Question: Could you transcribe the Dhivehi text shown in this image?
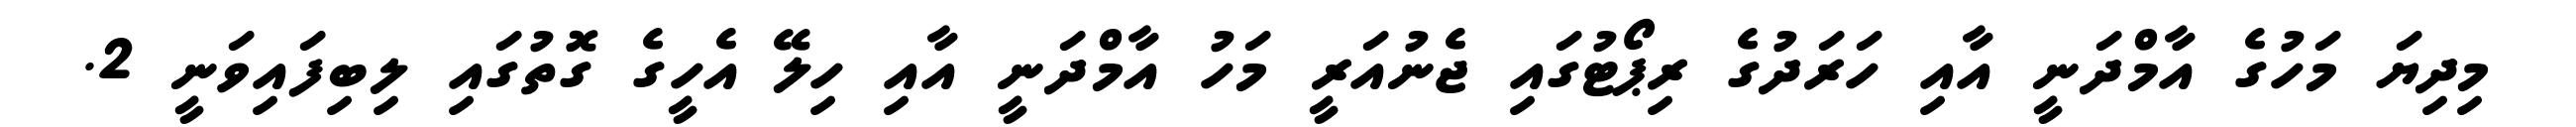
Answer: މިދިޔަ މަހުގެ އާމްދަނީ އާއި ހަރަދުގެ ރިޕޯޓުގައި ޖެނުއަރީ މަހު އާމްދަނީ އާއި ހިލޭ އެހީގެ ގޮތުގައި ލިބިފައިވަނީ 2.